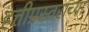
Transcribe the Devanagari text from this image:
हत्तीप्रस्तराच्या